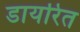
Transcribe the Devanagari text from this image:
डायरित